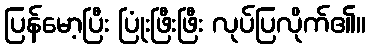
ပြန်မော့ပြီး ပြုံးဖြီးဖြီး လုပ်ပြလိုက်၏။